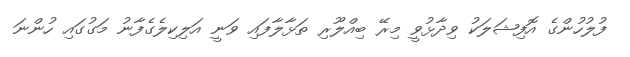
ފުލުހުންގެ އޮފިޝަލަކު ވިދާޅުވީ މިރޭ ބިއްލޫރި ތަޅާލާފައި ވަނީ އަލިކިލެގެފާނު މަގުގައި ހުންނަ